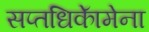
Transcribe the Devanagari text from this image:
सप्तधिकाॅेमेना